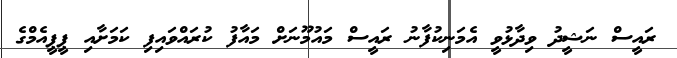
ރައީސް ނަޝީދު ވިދާޅުވީ އެމަނިކުފާނު ރައީސް މައުމޫނަށް މައާފު ކުރައްވައިފި ކަމަށާއި ޕީޕީއެމްގެ